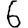
Digit: 6